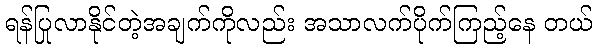
ရန်ပြုလာနိုင်တဲ့အချက်ကိုလည်း အသာလက်ပိုက်ကြည့်နေ တယ်